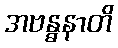
အဗန္ဓနာတိ